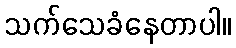
သက်သေခံနေတာပါ။